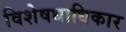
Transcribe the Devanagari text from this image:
विशेषधाधिकार